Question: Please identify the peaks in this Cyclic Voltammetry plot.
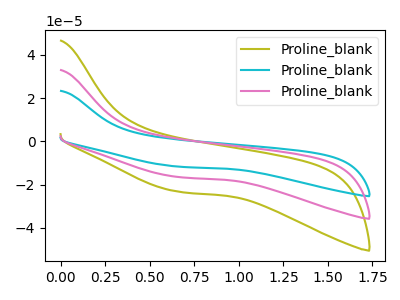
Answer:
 <answer>The olive curve "Proline_blank1" has no peaks. The cyan curve "Proline_blank2" has no peaks. The pink curve "Proline_blank3" has no peaks.</answer>
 <eval></eval>